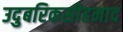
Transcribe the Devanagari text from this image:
उदुबरिकसीहनाद